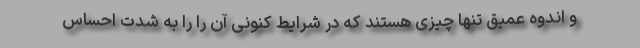
و اندوه عمیق تنها چیزی هستند که در شرایط کنونی آن را را به شدت احساس